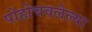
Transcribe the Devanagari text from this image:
पोहोचवलेल्या